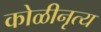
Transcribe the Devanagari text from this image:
कोळीनृत्य